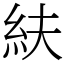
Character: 䊿